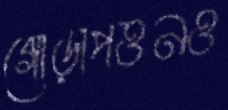
গোড়াপত্তনও